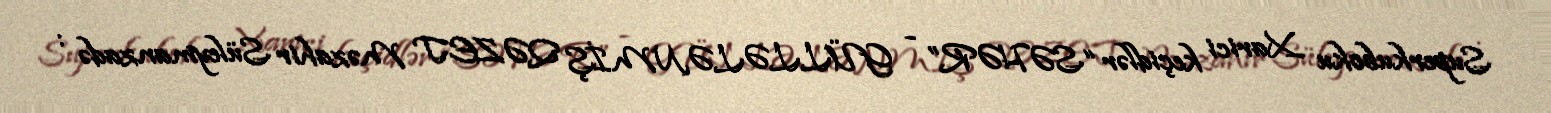
Superkuboku Xarici keçidlər “SƏHƏR” - GÜLLƏLƏNMİŞ QƏZET Məzahir Süleymanzadə :